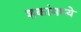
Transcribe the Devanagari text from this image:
शकांमध्ये